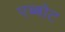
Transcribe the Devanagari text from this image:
एब्बोट